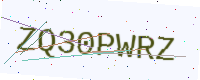
Text: ZQ30PWRZ